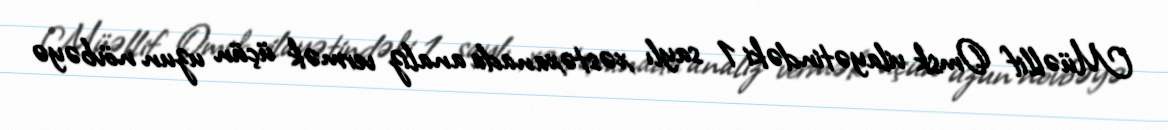
Müəllif Omsk vilayətindəki 1 saylı xəstəxanada analiz vermək üçün uzun növbəyə